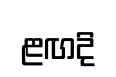
ළඟදි